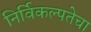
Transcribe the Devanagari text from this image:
निर्विकल्पतेचा